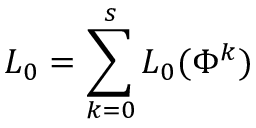
{ \cal L } _ { 0 } = \sum _ { k = 0 } ^ { s } { \cal L } _ { 0 } ( \Phi ^ { k } )